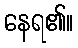
နေရ၏။